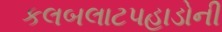
કલબલાટપહાડોની